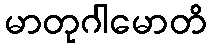
မာတုဂါမောတိ